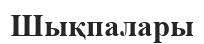
Шықпалары